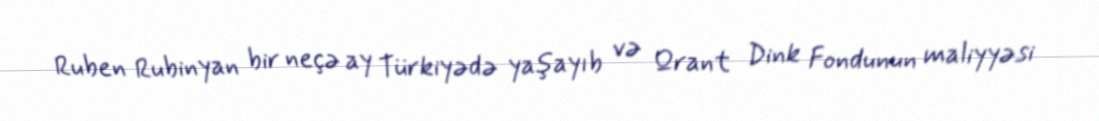
Ruben Rubinyan bir neçə ay Türkiyədə yaşayıb və Qrant Dink Fondunun maliyyəsi